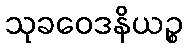
သုခဝေဒနိယဉ္စ